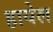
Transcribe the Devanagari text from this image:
हायेल